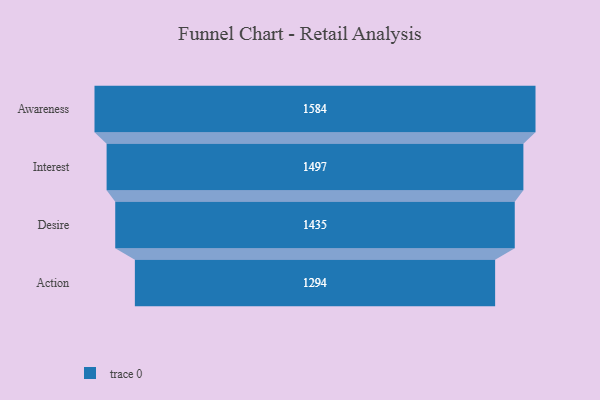
{"axis": {"x": "Stage", "y": "Value"}, "legend": [""], "data": [{"x": "Awareness", "y": 1584.0, "type": ""}, {"x": "Interest", "y": 1497.0, "type": ""}, {"x": "Desire", "y": 1435.0, "type": ""}, {"x": "Action", "y": 1294.0, "type": ""}]}